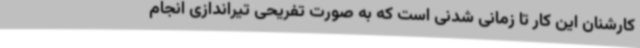
کارشنان این کار تا زمانی شدنی است که به صورت تفریحی تیراندازی انجام